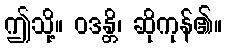
ဤသို့။ ဝဒန္တိ၊ ဆိုကုန်၏။